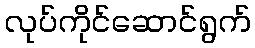
လုပ်ကိုင်ဆောင်ရွက်